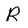
Character: R